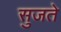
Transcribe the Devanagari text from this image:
सुजते